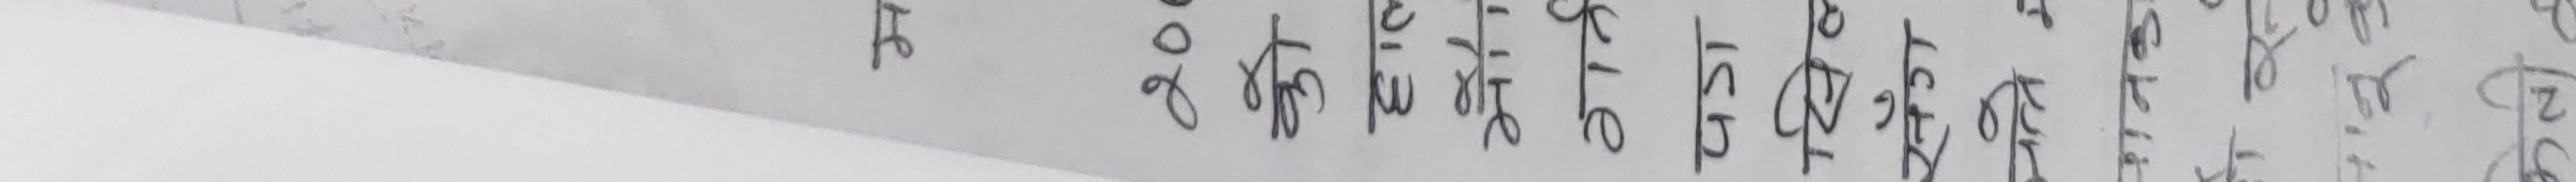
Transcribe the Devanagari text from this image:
अति